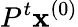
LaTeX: P^{t}\mathbf{x}^{(0)}